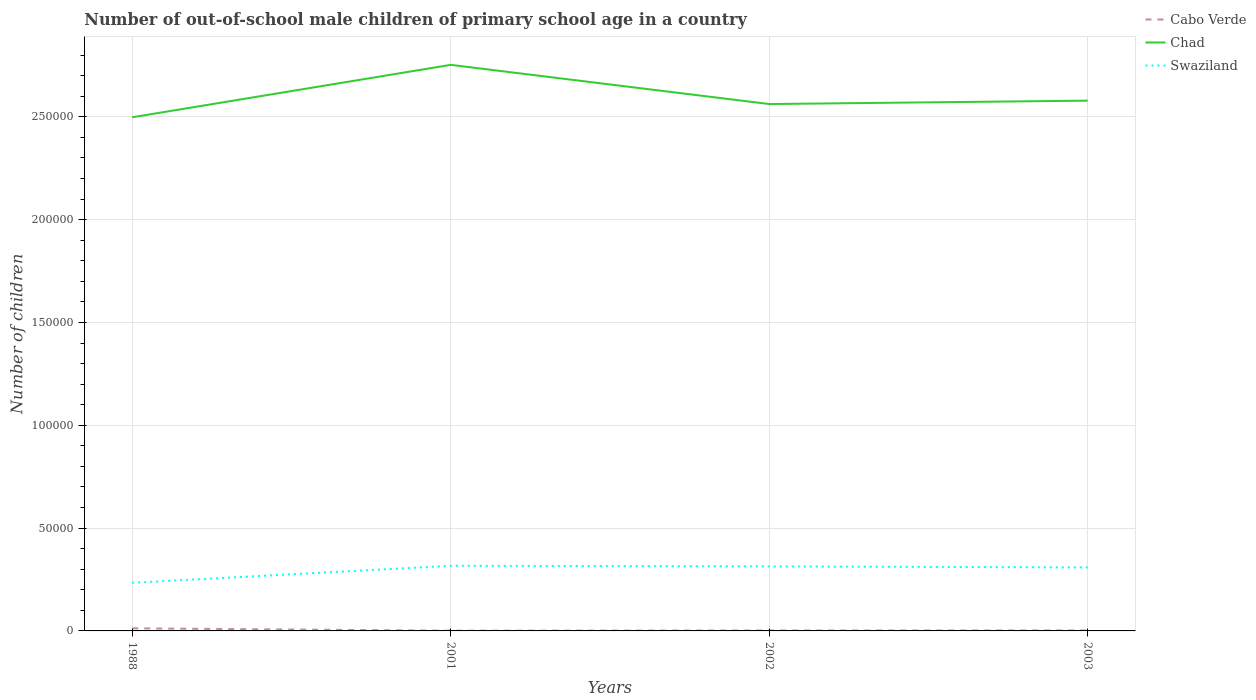
| Years | Cabo Verde | Chad | Swaziland |
 | --- | --- | --- | --- |
 | 1988 | 1.26e+03 | 2.5e+05 | 2.34e+04 |
 | 2001 | 109 | 2.75e+05 | 3.17e+04 |
 | 2002 | 209 | 2.56e+05 | 3.14e+04 |
 | 2003 | 230 | 2.58e+05 | 3.09e+04 |